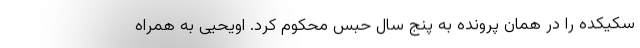
سکیکده را در همان پرونده به پنج سال حبس محکوم کرد. اویحیی به همراه